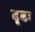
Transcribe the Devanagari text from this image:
दृढः